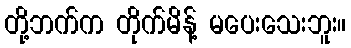
တို့ဘက်က တိုက်မိန့် မပေးသေးဘူး။